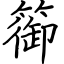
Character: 篽